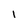
Character: 1